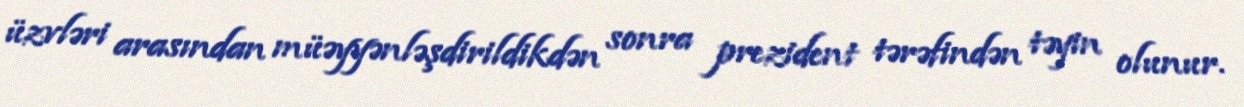
üzvləri arasından müəyyənləşdirildikdən sonra prezident tərəfindən təyin olunur.